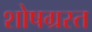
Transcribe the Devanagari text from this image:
शोषग्रस्‍त